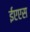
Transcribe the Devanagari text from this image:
ईएएस